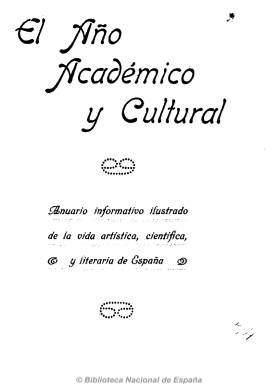
Título: El Año académico y cultural
Colección: Anuarios e informes || Cultura
Ámbito geográfico: Madrid
Lugar de publicación: Madrid
Fechas: 01/01/1926-31/12/1926

Resumen de las manifestaciones culturales, principalmente madrileñas, publicado por Matías Chías Pano, profesor ayudante del Instituto Nacional de Segunda Enseñanza de San Isidro. Da cuenta brevemente de las exposiciones, conferencias, certámenes, conciertos o nombramientos de catedráticos que se llevan a cabo mensualmente. También incluye algunos artículos e informaciones útiles sobre bibliotecas y bibliografía, así como fotografías.